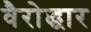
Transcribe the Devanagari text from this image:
वैरोद्धार